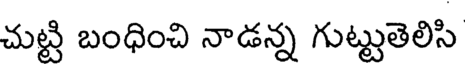
చుట్టి బంధించి నాడన్న గుట్టుతెలిసి